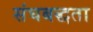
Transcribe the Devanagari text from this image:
संघबद्धता